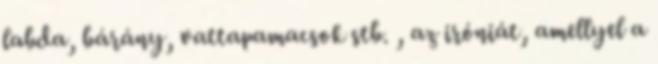
labda, bárány, vattapamacsok stb. , az iróniát, amellyel a